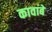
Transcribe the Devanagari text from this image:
कावाबे